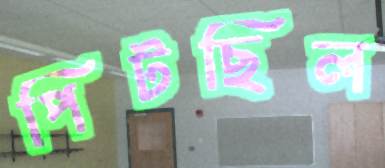
পিটছিল